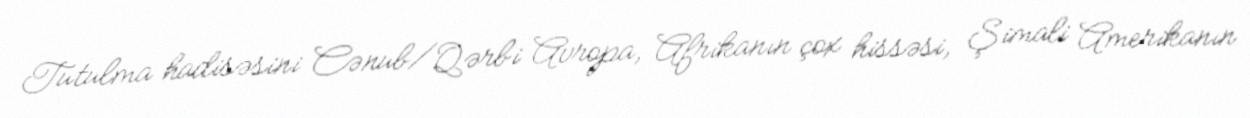
Tutulma hadisəsini Cənub/Qərbi Avropa, Afrikanın çox hissəsi, Şimali Amerikanın